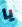
يا